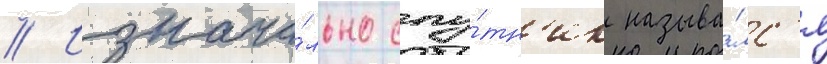
// Изнача́льно спу́тн'ик называ́лс'я